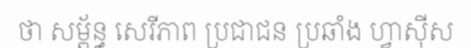
ថា សម្ព័ន្ធ សេរីភាព ប្រជាជន ប្រឆាំង ហ្វាស៊ីស